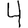
Digit: 4